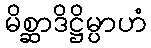
မိစ္ဆာဒိဋ္ဌိမ္ပာဟံ